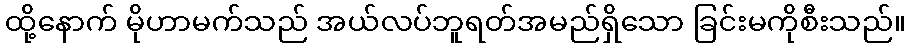
ထို့နောက် မိုဟာမက်သည် အယ်လပ်ဘူရတ်အမည်ရှိသော ခြင်းမကိုစီးသည်။